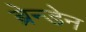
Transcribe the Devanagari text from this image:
ब्रेन्डेन